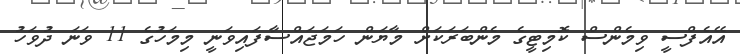
އޭއެފްސީ ވިމެންސް ކޮމިޓީގެ މެންބަރަކަށް މާޔަން ހަމަޖައްސާފައިވަނީ މިމަހުގެ 11 ވަނަ ދުވަހު